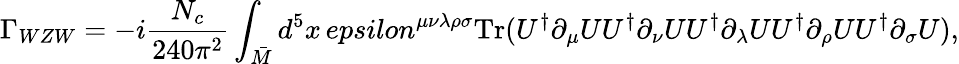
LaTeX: \Gamma_{WZW}=-i\frac{N_{c}}{240\pi^{2}}\int_{\bar{M}}d^{5}x\, epsilon^{\mu\nu\lambda\rho\sigma}\mathrm{Tr}(U^{\dagger}\partial_{\mu}UU^{\dagger}\partial_{\nu}UU^{\dagger}\partial_{\lambda}UU^{\dagger}\partial_{\rho}UU^{\dagger}\partial_{\sigma}U),